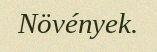
Növények.